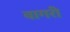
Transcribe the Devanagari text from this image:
वागरी